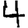
Digit: 4